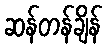
ဆန်တန်ချိန်